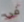
في